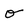
Character: o